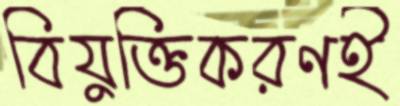
বিযুক্তিকরণই